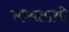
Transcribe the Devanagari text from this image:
सभ्यताथी